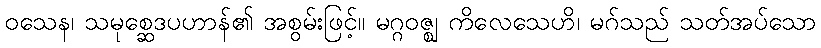
ဝသေန၊ သမုစ္ဆေဒပဟာန်၏ အစွမ်းဖြင့်။ မဂ္ဂဝဇ္ဈ ကိလေသေဟိ၊ မဂ်သည် သတ်အပ်သော